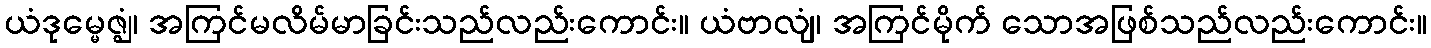
ယံဒုမ္မေဇ္ဈံ၊ အကြင်မလိမ်မာခြင်းသည်လည်းကောင်း။ ယံဗာလျံ၊ အကြင်မိုက် သောအဖြစ်သည်လည်းကောင်း။